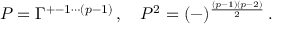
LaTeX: P = \Gamma ^ { + - 1 \cdots ( p - 1 ) } \, , \quad P ^ { 2 } = ( - ) ^ { \frac { ( p - 1 ) ( p - 2 ) } { 2 } } \, .